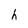
Character: h